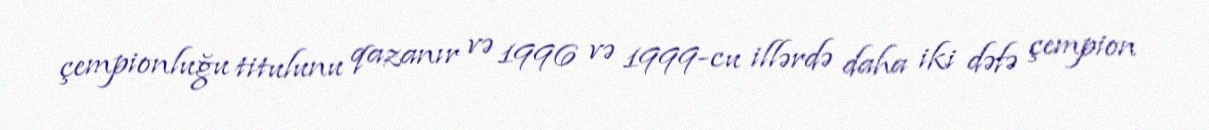
çempionluğu titulunu qazanır və 1996 və 1999-cu illərdə daha iki dəfə çempion